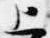
上